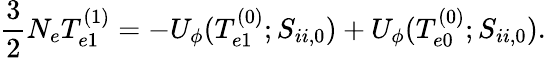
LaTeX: \frac{3}{2}N_{e}T_{e1}^{(1)}=-U_{\phi}(T_{e1}^{(0)};S_{ii,0})+U_{\phi}(T_{e0}^{(0)};S_{ii,0}).